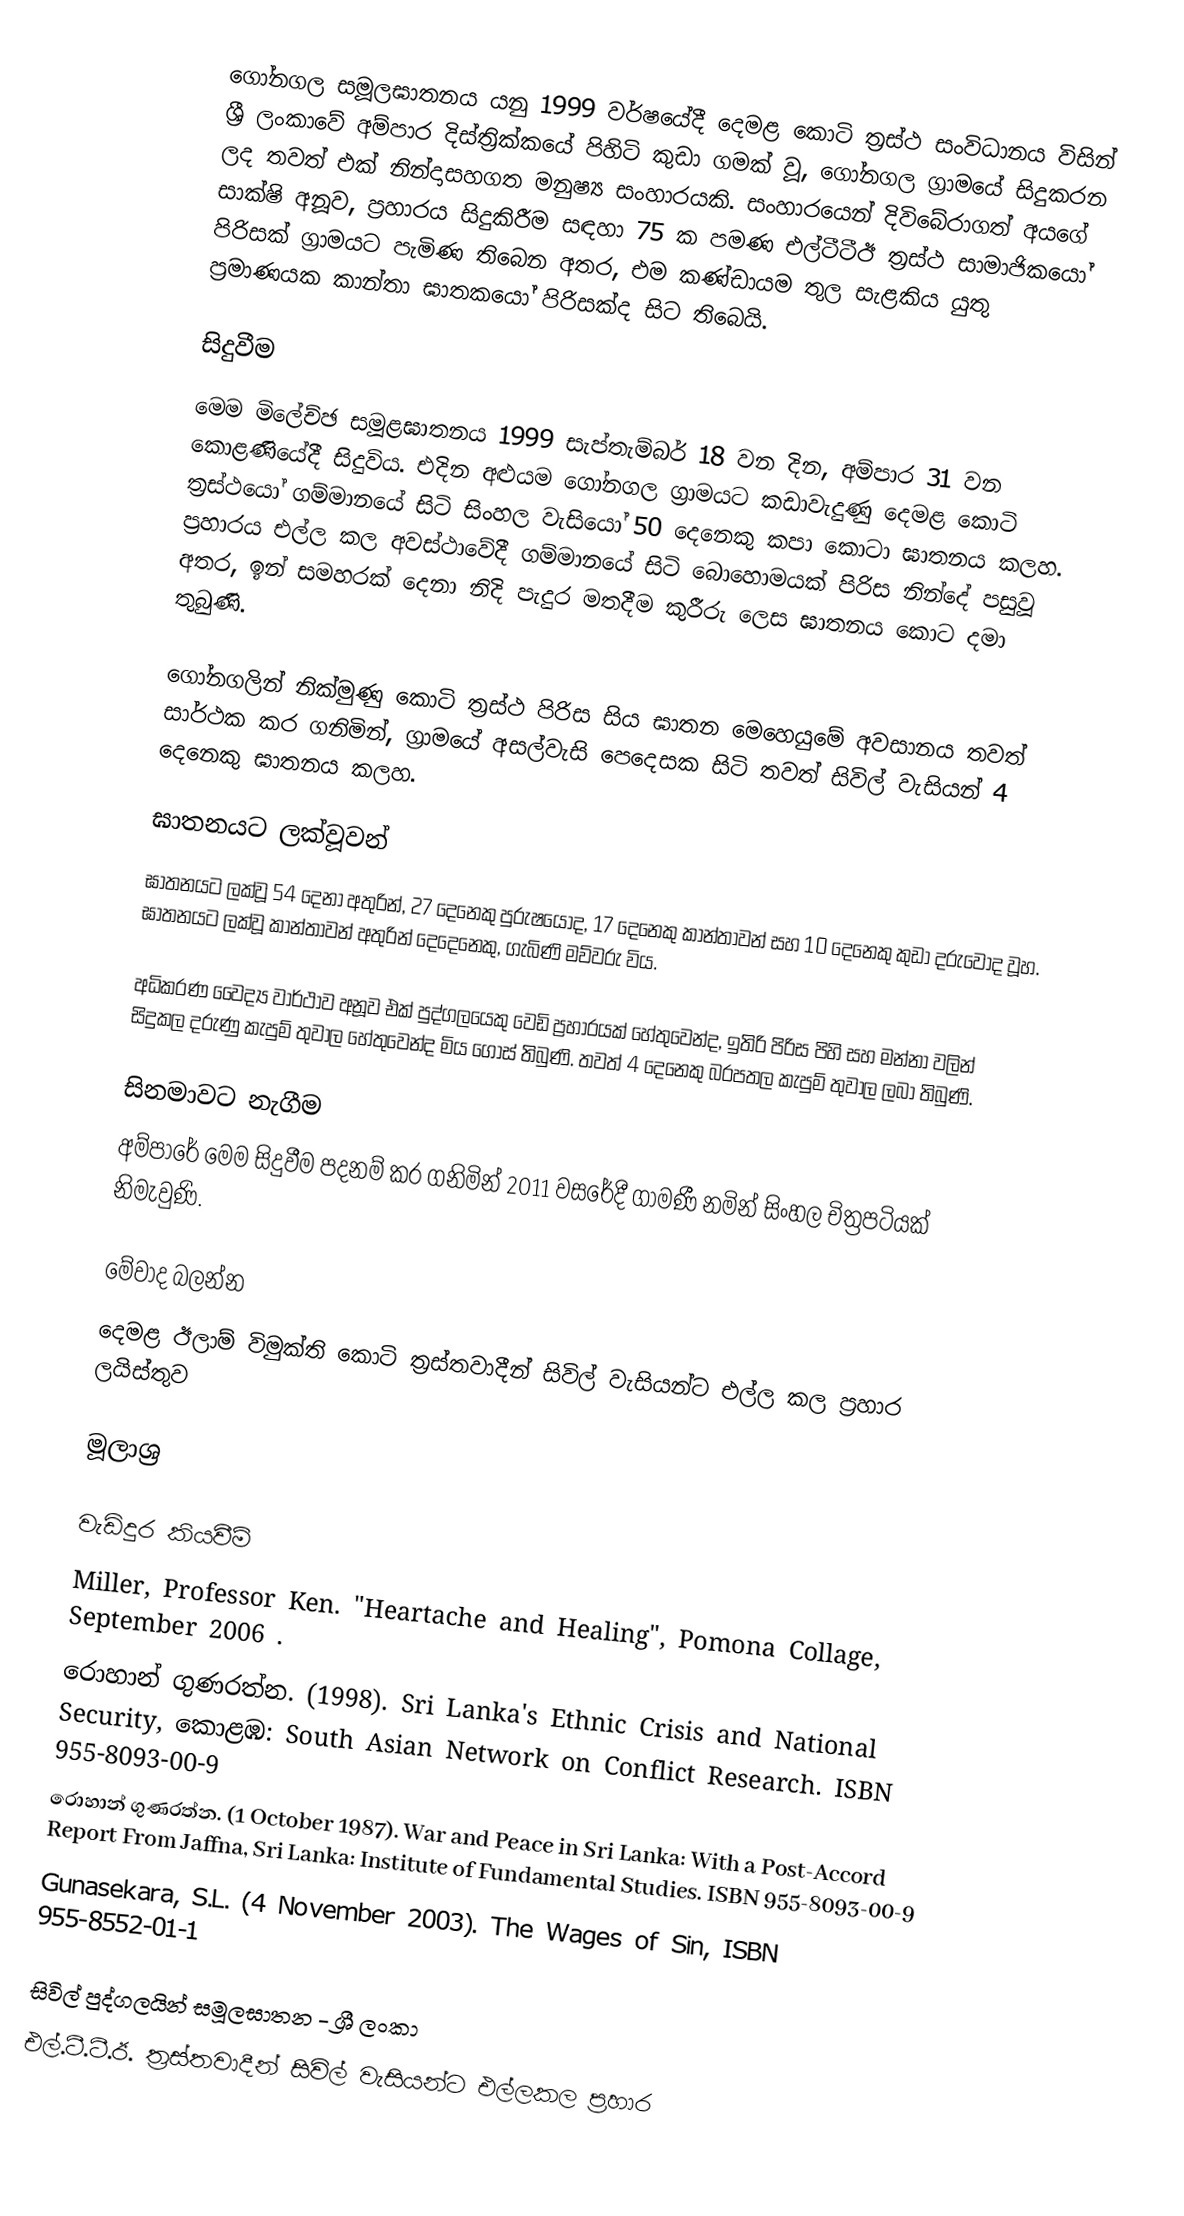
ගෝනගල සමූලඝාතනය යනු 1999 වර්ෂයේදී දෙමළ කොටි ත්‍රස්ථ සංවිධානය විසින් ශ්‍රී ලංකාවේ අම්පාර දිස්ත්‍රික්කයේ පිහිටි කුඩා ගමක් වූ, ගෝනගල ග්‍රාමයේ සිදුකරන ලද තවත් එක් නින්දාසහගත මනුෂ්‍ය සංහාරයකි. සංහාරයෙන් දිවිබේරාගත් අයගේ සාක්ෂි අනූව, ප්‍රහාරය සිදුකිරීම සඳහා 75 ක පමණ එල්ටීටීඊ ත්‍රස්ථ සාමාජිකයෝ පිරිසක් ග්‍රාමයට පැමිණ තිබෙන අතර, එම කණ්ඩායම තුල සැළකිය යුතු ප්‍රමාණයක කාන්තා ඝාතකයෝ පිරිසක්ද සිට තිබෙයි.

සිදුවීම
මෙම මිලේච්ඡ සමූළඝාතනය 1999 සැප්තැම්බර් 18 වන දින, අම්පාර 31 වන කොළණියේදී සිදුවිය. එදින අළුයම ගෝනගල ග්‍රාමයට කඩාවැදුණු දෙමළ කොටි ත්‍රස්ථයෝ ගම්මානයේ සිටි සිංහල වැසියෝ 50 දෙනෙකු කපා කොටා ඝාතනය කලහ. ප්‍රහාරය එල්ල කල අවස්ථාවේදී ගම්මානයේ සිටි බොහොමයක් පිරිස නින්දේ පසුවූ අතර, ඉන් සමහරක් දෙනා නිදි පැදුර මතදීම කුරීරු ලෙස ඝාතනය කොට දමා තුබුණි.

ගෝනගලින් නික්මුණු කොටි ත්‍රස්ථ පිරිස සිය ඝාතන මෙහෙයුමේ අවසානය තවත් සාර්ථක කර ගනිමින්, ග්‍රාමයේ අසල්වැසි පෙදෙසක සිටි තවත් සිවිල් වැසියන් 4 දෙනෙකු ඝාතනය කලහ.

ඝාතනයට ලක්වූවන්
ඝාතනයට ලක්වූ 54 දෙනා අතුරින්, 27 දෙනෙකු පුරුෂයෝද, 17 දෙනෙකු කාන්තාවන් සහ 10 දෙනෙකු කුඩා දරුවෝද වූහ. ඝාතනයට ලක්වූ කාන්තාවන් අතුරින් දෙදෙනෙකු, ගැබිණි මව්වරු විය.

අධිකරණ වෛද්‍ය වාර්ථාව අනූව එක් පුද්ගලයෙකු වෙඩි ප්‍රහාරයක් හේතුවෙන්ද, ඉතිරි පිරිස පිහි සහ මන්නා වලින් සිදුකල දරුණු කැපුම් තුවාල හේතුවෙන්ද මිය ගොස් තිබුණි. තවත් 4 දෙනෙකු බරපතල කැපුම් තුවාල ලබා තිබුණි.

සිනමාවට නැගීම
අම්පාරේ මෙම සිදුවීම පදනම් කර ගනිමින් 2011 වසරේදී ගාමණී නමින් සිංහල චිත්‍රපටියක් නිමැවුණි.

මේවාද බලන්න
 දෙමළ ඊලාම් විමුක්ති කොටි ත්‍රස්තවාදීන් සිවිල් වැසියන්ට එල්ල කල ප්‍රහාර ලයිස්තුව

මූලාශ්‍ර

වැඩිදුර කියවීම්
 Miller, Professor Ken. "Heartache and Healing", Pomona Collage, September 2006 .
 රොහාන් ගුණරත්න. (1998). Sri Lanka's Ethnic Crisis and National Security, කොළඹ: South Asian Network on Conflict Research. ISBN 955-8093-00-9
 රොහාන් ගුණරත්න. (1 October 1987). War and Peace in Sri Lanka: With a Post-Accord Report From Jaffna, Sri Lanka: Institute of Fundamental Studies. ISBN 955-8093-00-9
 Gunasekara, S.L. (4 November 2003). The Wages of Sin, ISBN 955-8552-01-1

සිවිල් පුද්ගලයින් සමූලඝාතන - ශ්‍රී ලංකා
එල්.ටී.ටී.ඊ. ත්‍රස්තවාදීන් සිවිල් වැසියන්ට එල්ලකල ප්‍රහාර